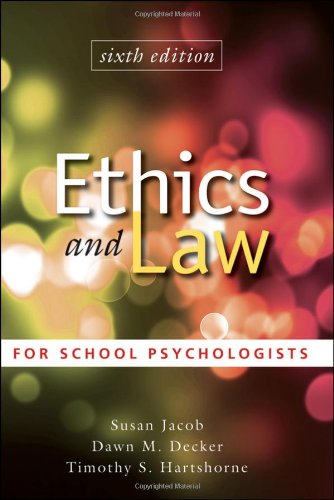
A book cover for Ethics and Law for School Psychologists; Susan Jacob; Medical Books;